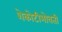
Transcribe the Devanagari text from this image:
शेकोटीभोवती